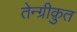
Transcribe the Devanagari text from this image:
तेन्ग्रीक़ुत